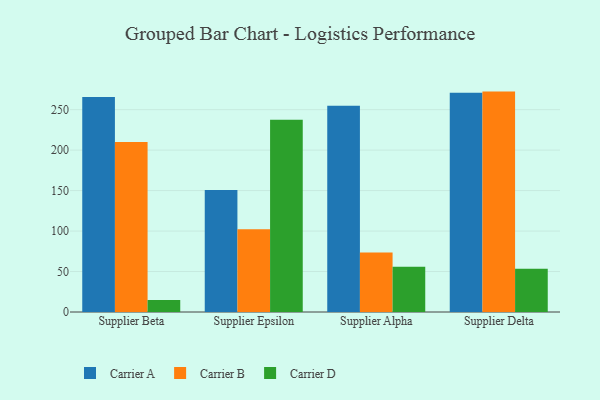
{"axis": {"x": "Supplier", "y": "Population (Million)"}, "legend": ["Carrier A", "Carrier B", "Carrier D"], "data": [{"x": "Supplier Beta", "y": 265.7, "type": "Carrier A"}, {"x": "Supplier Beta", "y": 210.1, "type": "Carrier B"}, {"x": "Supplier Beta", "y": 14.9, "type": "Carrier D"}, {"x": "Supplier Epsilon", "y": 150.8, "type": "Carrier A"}, {"x": "Supplier Epsilon", "y": 102.3, "type": "Carrier B"}, {"x": "Supplier Epsilon", "y": 237.5, "type": "Carrier D"}, {"x": "Supplier Alpha", "y": 254.9, "type": "Carrier A"}, {"x": "Supplier Alpha", "y": 73.6, "type": "Carrier B"}, {"x": "Supplier Alpha", "y": 55.8, "type": "Carrier D"}, {"x": "Supplier Delta", "y": 270.8, "type": "Carrier A"}, {"x": "Supplier Delta", "y": 272.3, "type": "Carrier B"}, {"x": "Supplier Delta", "y": 53.3, "type": "Carrier D"}]}